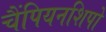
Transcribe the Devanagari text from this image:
चैंपियनशिपो